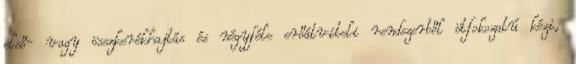
első- vagy összkerékhajtás és négyféle erőátviteli rendszerből ötfokozatú kézi,